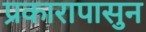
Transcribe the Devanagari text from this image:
प्रकारापासुन